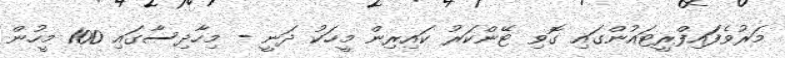
މަރުވެފަައިފްރީޓައުންގައި ގޮވި ޓޭންކަރު ކައިރިން މީހަކު ދަނީ - މިހާދިސާގައި 100 މީހުން